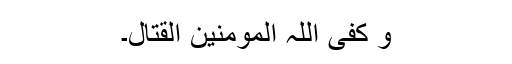
وَ کَفَی اللّٰہُ الْمُؤْمِنِیْنَ الْقِتَالَ۔